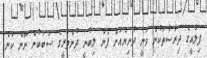
ފިލާއީގެ ދިރާސާތަކުން ވަނީ ދުނިޔެއަށް ފެން ލިބުނީ ދުންތަރީގެ ސަބަބުން ނޫން ކަން